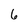
Character: 6